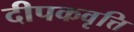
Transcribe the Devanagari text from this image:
दीपकवृत्ति